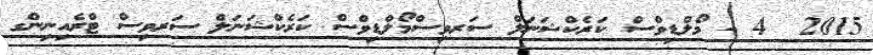
2015  4 - މޯލްޑިވްސް ކަރެކްޝަނަލް ސަރވިސްމޯލްޑިވްސް ކަރެކްޝަނަލް ސަރވިސް ޓްރެއިނިންގ